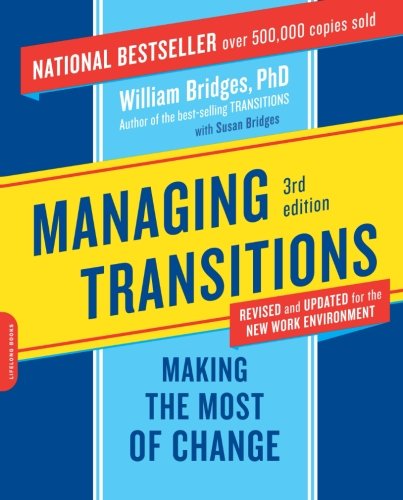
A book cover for Managing Transitions: Making the Most of Change; William Bridges; Business & Money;